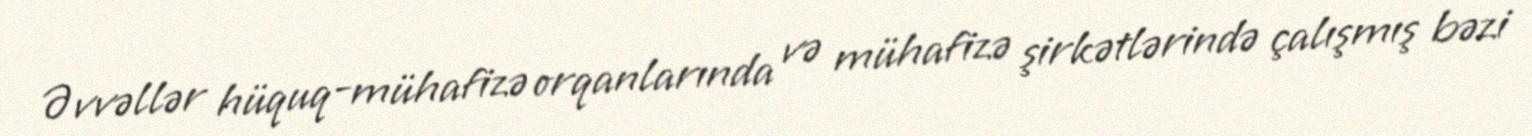
Əvvəllər hüquq-mühafizə orqanlarında və mühafizə şirkətlərində çalışmış bəzi